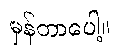
မှန်တာပေါ့။